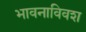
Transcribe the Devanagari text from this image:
भावनाविवश